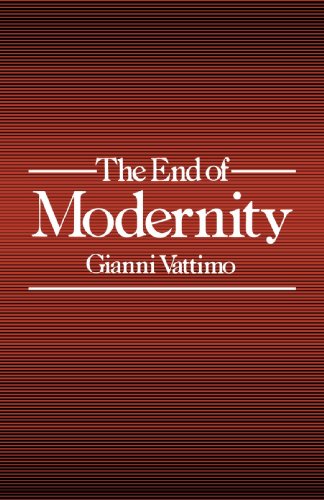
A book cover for The End of Modernity: Nihilism and Hermeneutics in Postmodern Culture (Parallax: Re-visions of Culture and Society); Gianni Vattimo; Politics & Social Sciences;